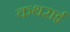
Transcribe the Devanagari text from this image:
कथराई